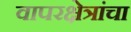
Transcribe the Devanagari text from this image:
वापरक्षेत्रांचा